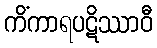
ကိံကာရပဋိဿာဝီ